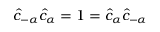
\hat { c } _ { - \alpha } \hat { c } _ { \alpha } = 1 = \hat { c } _ { \alpha } \hat { c } _ { - \alpha }